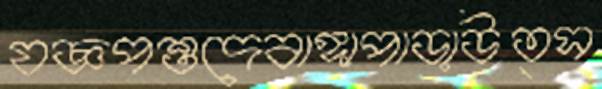
যজ্ঞপশুদেবাঙ্গাপাড়াউত্স